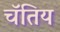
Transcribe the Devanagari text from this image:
चॅतिय